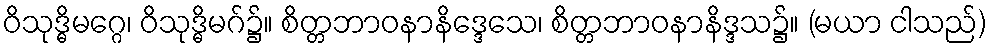
ဝိသုဒ္ဓိမဂ္ဂေ၊ ဝိသုဒ္ဓိမဂ်၌။ စိတ္တဘာဝနာနိဒ္ဒေသေ၊ စိတ္တဘာဝနာနိဒ္ဒသ၌။ (မယာ ငါသည်)